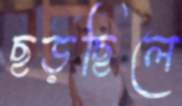
ছড়ছিলে